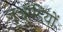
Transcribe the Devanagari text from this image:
जुआड़ियों